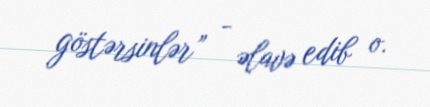
göstərsinlər” - əlavə edib o.